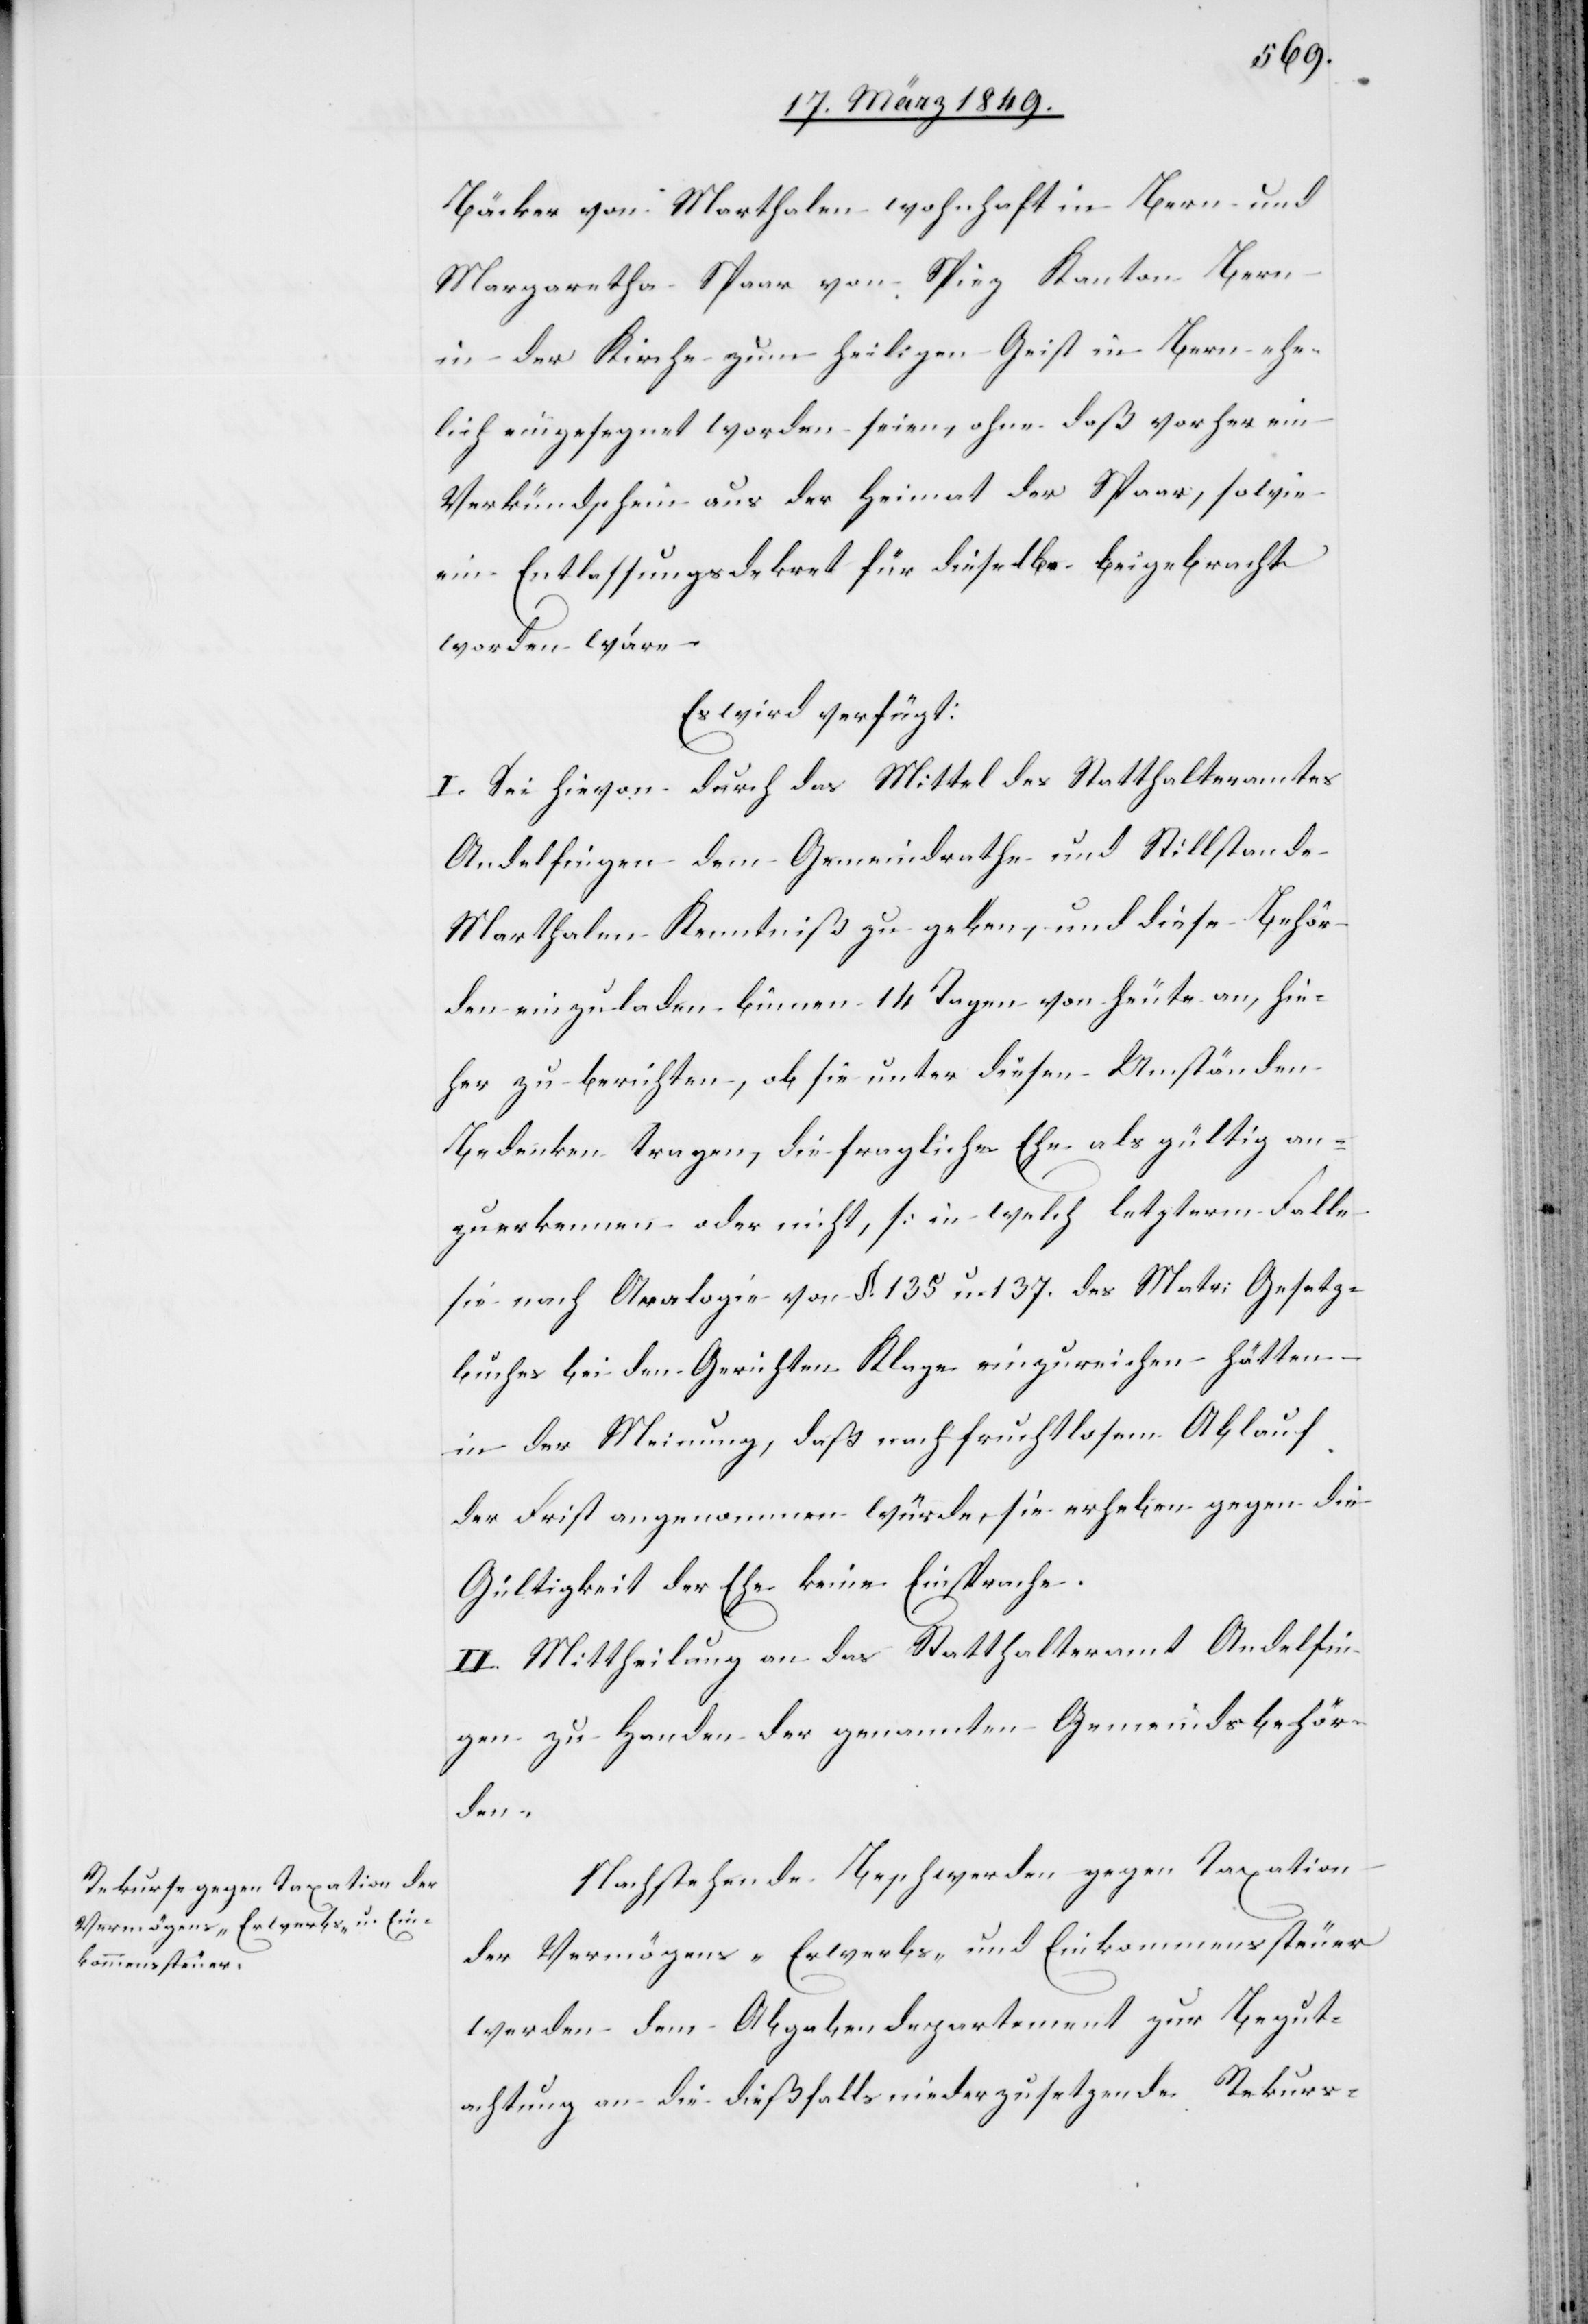
22. März 1849.]
Bäcker von Marthalen wohnhaft in Bern und
Margaretha Spaar von Spiez Kanton Bern
in der Kirche zum heiligen Geist in Bern ehe¬
lich eingesegnet worden seien, ohne daß vorher ein
Verkündschein aus der Heimat der Spaar, sowie
ein Entlassungsdekret für dieselbe beigebracht
worden wäre.
Es wird verfügt:
I. Sei hievon durch das Mittel des Statthalteramtes
Andelfingen dem Gemeindrathe und Stillstande
Marthalen Kenntniß zu geben, und diese Behör¬
den einzuladen binnen 14 Tagen von heute an, hie¬
her zu berichten, ob sie unter diesen Umständen
Bedenken tragen, die fragliche Ehe als gültig an¬
zuerkennen oder nicht, [in welch letzterm Falle
sie nach Analogie von §. 135 u. 137. des Matr: Gesetz¬
buches bei den Gerichten Klage einzureichen hätten[]]
in der Meinung, daß nach fruchtlosem Ablauf
der Frist angenommen würde, sie erheben gegen die
Gültigkeit der Ehe keine Einsprache.
II. Mittheilung an das Statthalteramt Andelfin¬
gen zu Handen der genannten Gemeindsbehör¬
den
Nachstehende Beschwerden gegen Taxation
der Vermögens- Erwerbs- und Einkommenssteuer
werden dem Abgabendepartement zur Begut¬
achtung an die dießfalls niederzusetzende Rekurs-